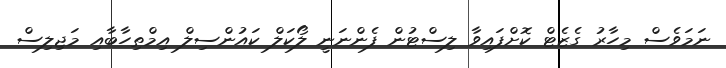
ނަމަވެސް މިހާރު ގެޒެޓް ކޮށްފައިވާ ލިސްޓުން ފެންނަނީ ލޯކަލް ކައުންސިލް އިމްތިހާބާއި މަޖިލިސް